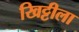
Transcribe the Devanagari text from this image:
खिट्टीला